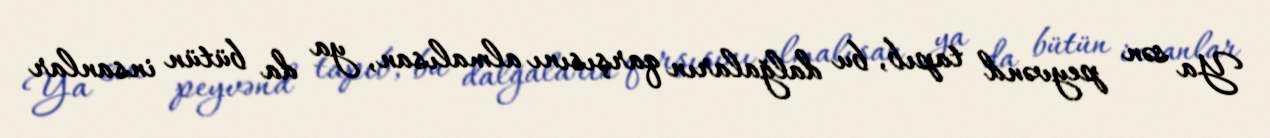
Ya sən peyvənd tapıb, bu dalğaların qarşısını almalısan, ya da bütün insanlar